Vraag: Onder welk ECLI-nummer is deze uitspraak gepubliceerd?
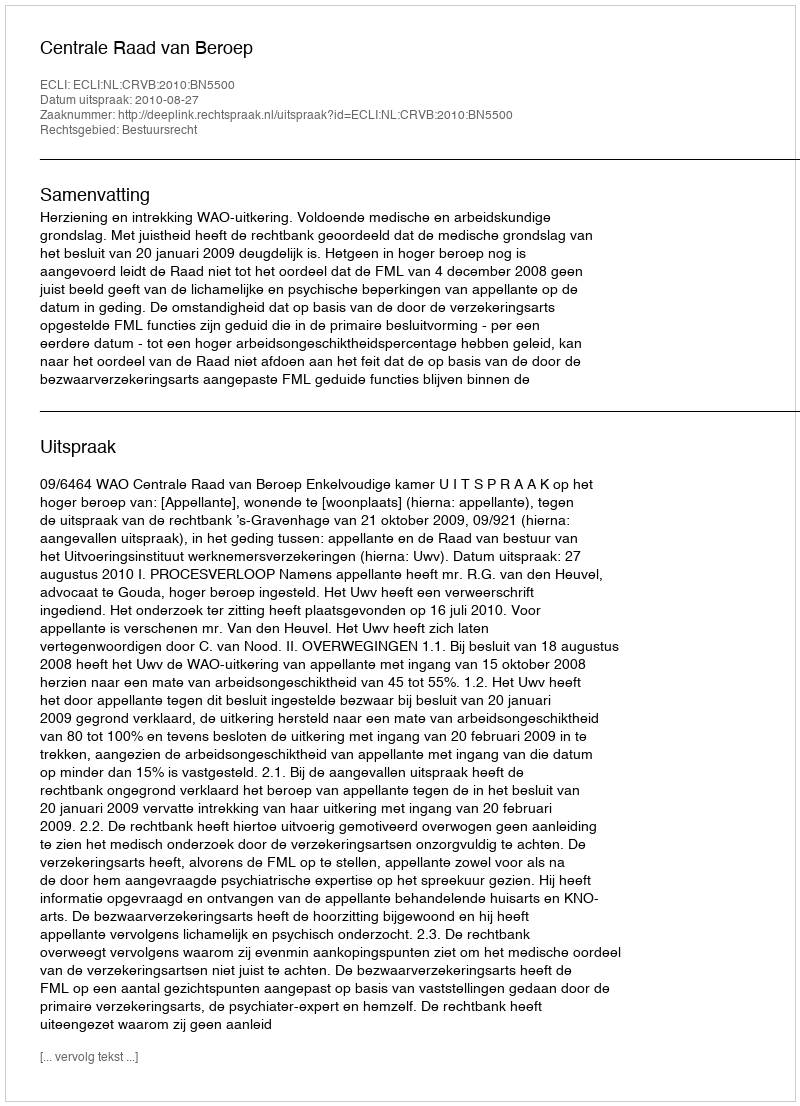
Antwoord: ECLI:NL:CRVB:2010:BN5500